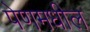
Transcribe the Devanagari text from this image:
पेणमधील